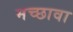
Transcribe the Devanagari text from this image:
मच्छावा